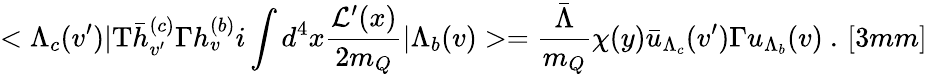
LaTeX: <\Lambda_{c}(v^{\prime})|\mathrm{T}\bar{h}_{v^{\prime}}^{(c)}\Gamma h_{v}^{(b)}i\int d^{4}x\frac{{\cal L}^{\prime}(x)}{2m_{Q}}|\Lambda_{b}(v)>=\frac{\bar{\Lambda}}{m_{Q}}\chi(y)\bar{u}_{\Lambda_{c}}(v^{\prime})\Gamma u_{\Lambda_{b}}(v)~.\, [3mm]